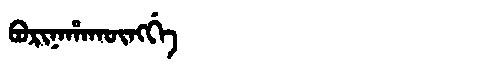
Manchu: ᠪᠣᡵᡳᠨᠠᡥᠠᡴᡡᠩᡤᡝ
Romanization: BORINAHAKŪNGGE